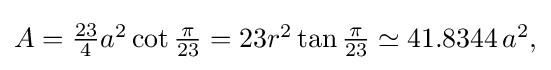
{\textstyle A={\frac {23}{4}}a^{2}\cot {\frac {\pi }{23}}=23r^{2}\tan {\frac {\pi }{23}}\simeq 41.8344\,a^{2},}